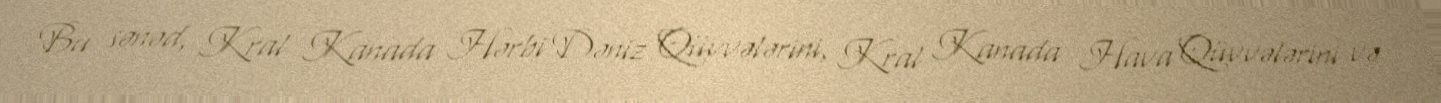
Bu sənəd, Kral Kanada Hərbi Dəniz Qüvvələrini, Kral Kanada Hava Qüvvələrini və